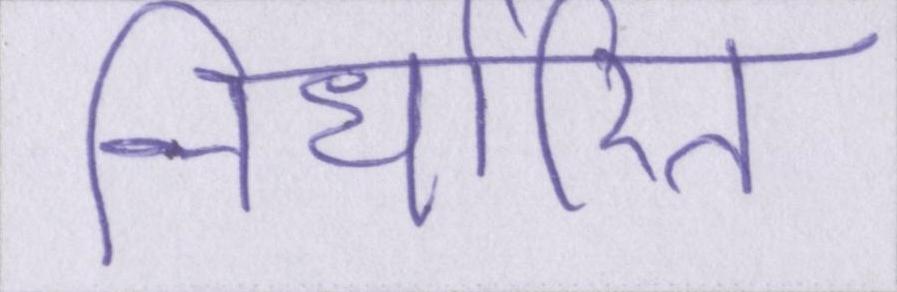
निर्धारित